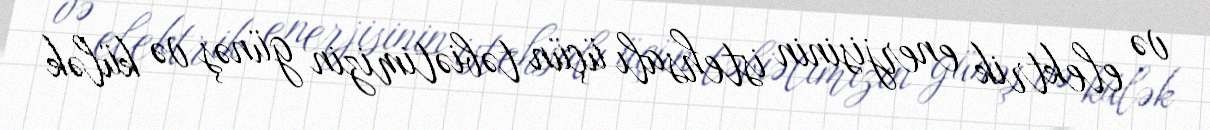
və elektrik enerjisinin istehsalı üçün təbiətimizin günəş və külək